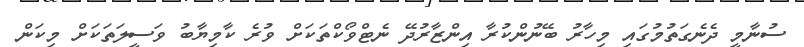
ސުނާމީ ދެނެގަތުމުގައި މިހާރު ބޭނުންކުރާ އިންޒާރުދޭ ނެޓްވޯކްތަކަށް ވުރެ ކާމިޔާބު ވަސީލަތަކަށް މިކަން